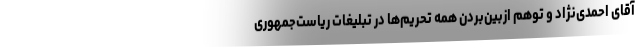
آقای احمدی‌نژاد و توهم ازبین‌بردن همه تحریم‌ها در تبلیغات ریاست‌جمهوری